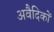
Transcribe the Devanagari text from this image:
अवैदिकों